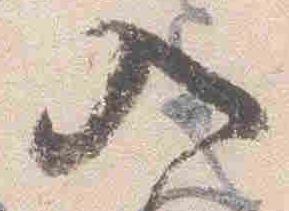
入